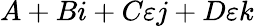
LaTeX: A+Bi+C\varepsilon j+D\varepsilon k